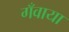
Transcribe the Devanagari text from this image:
गँवाया